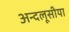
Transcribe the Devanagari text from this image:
अन्दलूसीया